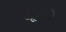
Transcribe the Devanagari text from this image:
सूरदारों